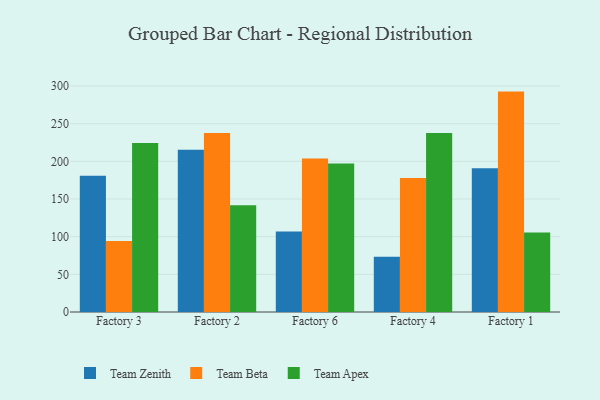
{"axis": {"x": "Factory", "y": "Satisfaction Score"}, "legend": ["Team Apex", "Team Beta", "Team Zenith"], "data": [{"x": "Factory 3", "y": 181.0, "type": "Team Zenith"}, {"x": "Factory 3", "y": 94.4, "type": "Team Beta"}, {"x": "Factory 3", "y": 224.2, "type": "Team Apex"}, {"x": "Factory 2", "y": 215.4, "type": "Team Zenith"}, {"x": "Factory 2", "y": 237.8, "type": "Team Beta"}, {"x": "Factory 2", "y": 141.6, "type": "Team Apex"}, {"x": "Factory 6", "y": 106.8, "type": "Team Zenith"}, {"x": "Factory 6", "y": 203.9, "type": "Team Beta"}, {"x": "Factory 6", "y": 197.3, "type": "Team Apex"}, {"x": "Factory 4", "y": 73.5, "type": "Team Zenith"}, {"x": "Factory 4", "y": 178.0, "type": "Team Beta"}, {"x": "Factory 4", "y": 237.6, "type": "Team Apex"}, {"x": "Factory 1", "y": 190.9, "type": "Team Zenith"}, {"x": "Factory 1", "y": 292.6, "type": "Team Beta"}, {"x": "Factory 1", "y": 105.5, "type": "Team Apex"}]}